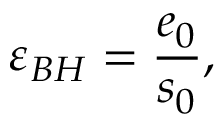
\varepsilon _ { B H } = \frac { e _ { 0 } } { s _ { 0 } } ,